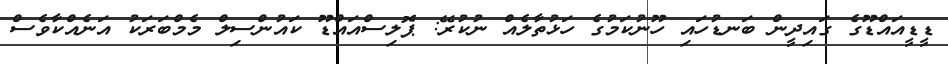
ޑީޑީއައްޑޫގެ ގައިދީން ބަނޑުހައި ހޫނުކަމުގެ ހަޅުތާލެއް ނުކުރޭ: ޕޮލިސްއައްޑޫ ކައުންސިލް މެމްބަރަކު އަނެއްކާވެސް